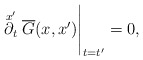
\begin{align*}\stackrel{x'}{\partial_t} \overline G(x,x')\Bigg|_{t=t'} = 0,\end{align*}